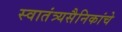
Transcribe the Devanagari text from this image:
स्वातंत्र्यसैनिकांचे